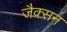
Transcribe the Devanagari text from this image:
जैक्‍सन